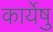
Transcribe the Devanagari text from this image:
कार्येषु